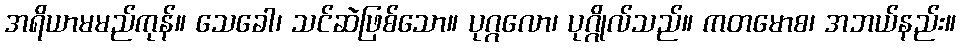
အရိယာမမည်ကုန်။ သေခေါ၊ သင်ဆဲဖြစ်သော။ ပုဂ္ဂလော၊ ပုဂ္ဂိုလ်သည်။ ကတမောစ၊ အဘယ်နည်း။